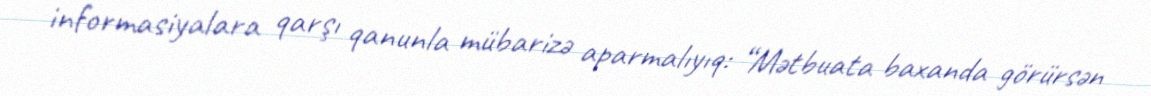
informasiyalara qarşı qanunla mübarizə aparmalıyıq: “Mətbuata baxanda görürsən